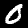
Digit: 0